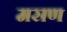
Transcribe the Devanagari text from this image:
मसण